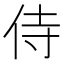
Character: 侍